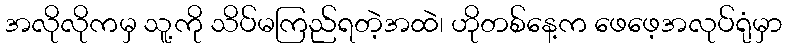
အလိုလိုကမှ သူ့ကို သိပ်မကြည်ရတဲ့အထဲ၊ ဟိုတစ်နေ့က ဖေဖေ့အလုပ်ရုံမှာ